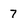
Character: 7